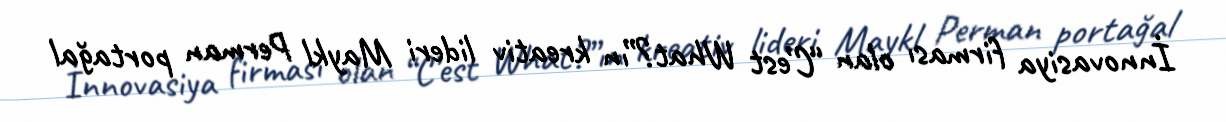
İnnovasiya firması olan “C’est What?”ın kreativ lideri Maykl Perman portağal